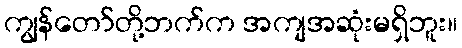
ကျွန်တော်တို့ဘက်က အကျအဆုံးမရှိဘူး။